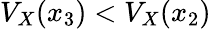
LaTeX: V_{X}(x_{3})<V_{X}(x_{2})